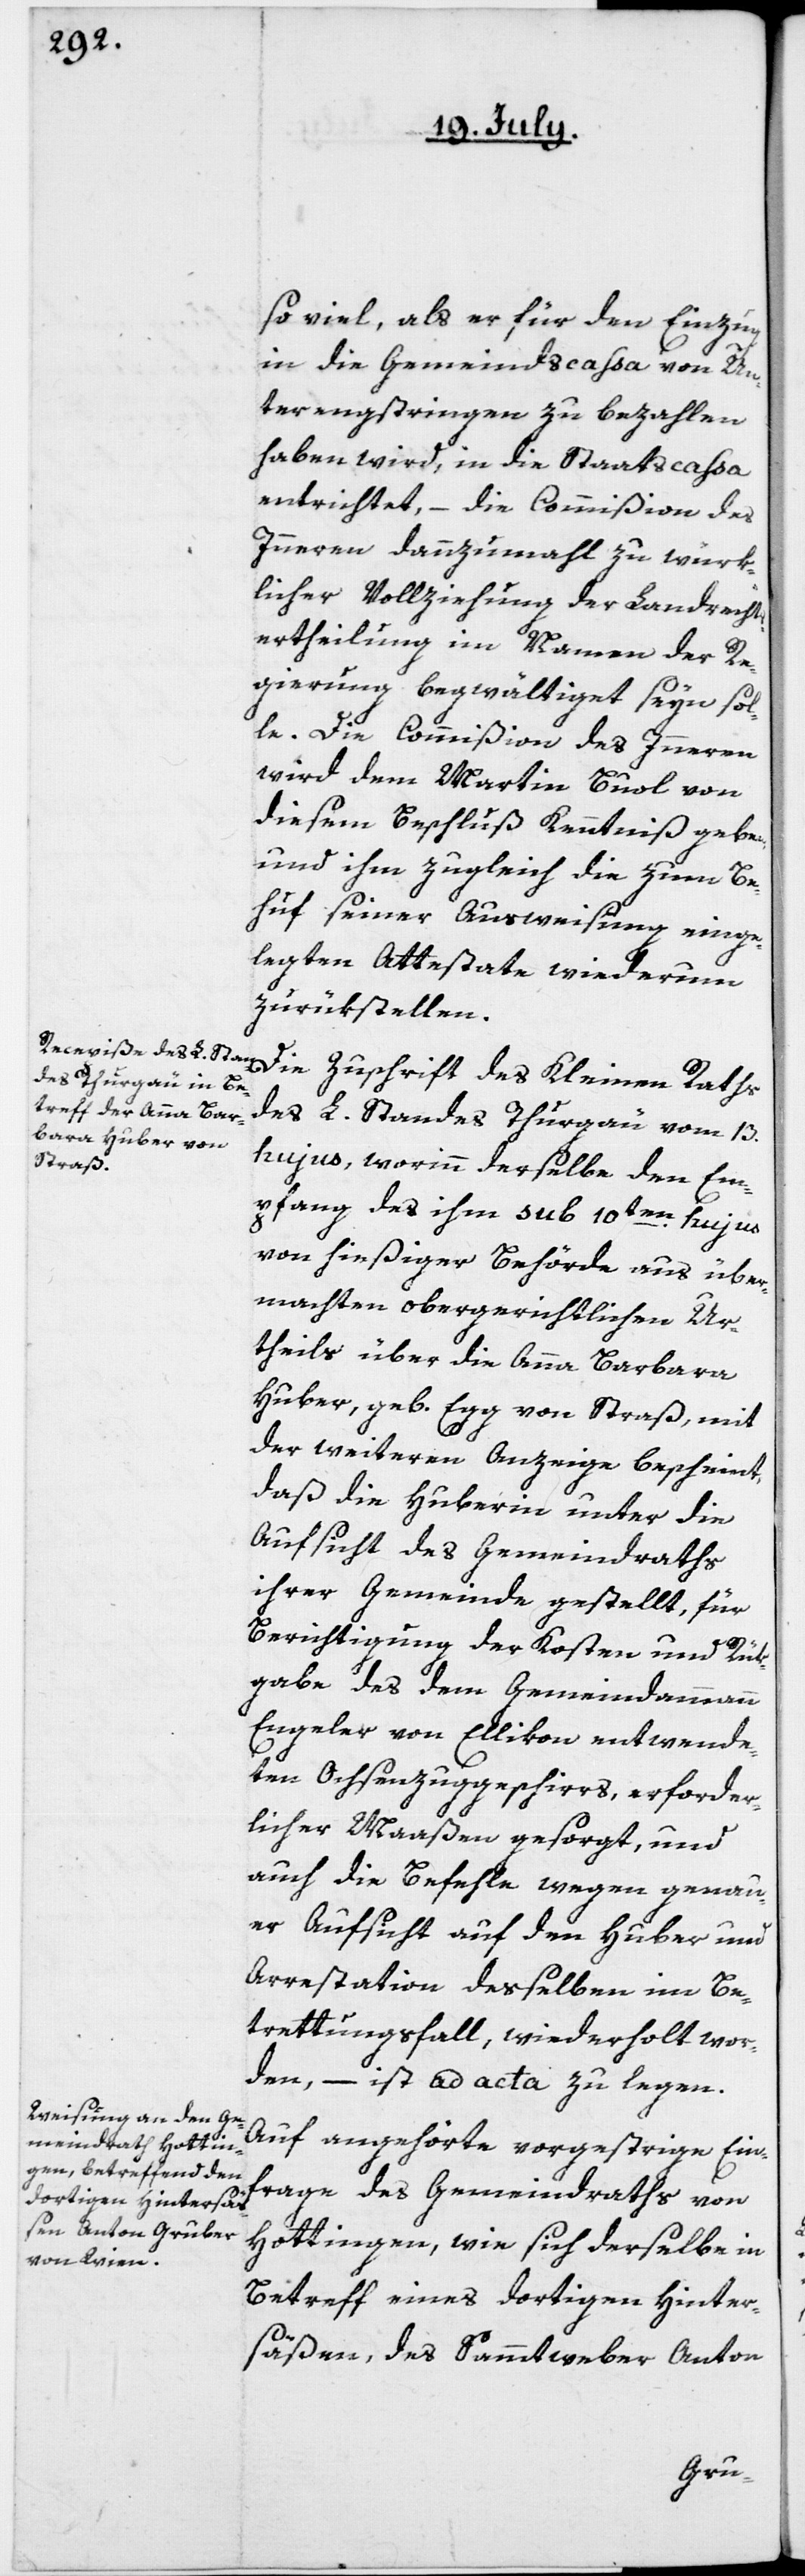
so viel, als er für den Einzug
in die Gemeindscassa von Un¬
terengstringen zu bezahlen
haben wird, in die Staatscassa
entrichtet, – die Commißion des
Innern dannzumal zu würk¬
licher Vollziehung der Landrechts¬
ertheilung im Namen der Re¬
gierung begwältiget seyn sol¬
le. Die Commißion des Innern
wird dem Martin Buol von
diesem Beschluß Kenntniß geben,
und ihm zugleich die zum Be¬
huf seiner Ausweisung einge¬
legten Attestate wiederum
zurükstellen.
Die Zuschrift des Kleinen Raths
des L. Standes Thurgau vm 13.
hujus, worinn derselbe den Em¬
pfang des ihm sub 10ten hujus
von hießiger Behörde aus über¬
machten obergerichtlichen Ur¬
theils über die Anna Barbara
Huber, geb. Egg von Straß, mit
der weiteren Anzeige bescheint,
daß die Huberin unter die
Aufsicht des Gemeindraths
ihrer Gemeinde gestellt, für
Berichtigung der Kosten und Rük¬
gabe des dem Gemeindammann
Engeler von Ellikon entwende¬
ten Ochsenzuggeschirrs, erforder¬
licher Maaßen gesorgt, und
auch die Befehle wegen genau¬
er Aufsicht auf den Huber und
Arrestation desselben im Be¬
trettungsfall, wiederholt wor¬
den, – ist ad acta zu legen.
Auf angehörte vorgestrige Ein¬
frage des Gemeindraths von
Hottingen, wie sich derselbe in
Betreff eines dortigen Hinter¬
säßen, des Sammtweber Anton